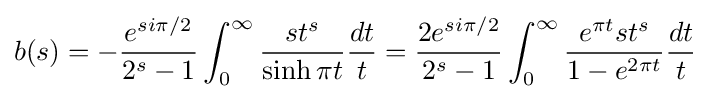
b(s)=-{\frac {e^{si\pi /2}}{2^{s}-1}}\int _{0}^{\infty }{\frac {st^{s}}{\sinh \pi t}}{\frac {dt}{t}}={\frac {2e^{si\pi /2}}{2^{s}-1}}\int _{0}^{\infty }{\frac {e^{\pi t}st^{s}}{1-e^{2\pi t}}}{\frac {dt}{t}}